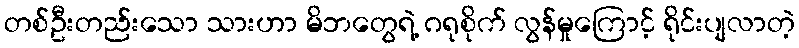
တစ်ဦးတည်းသော သားဟာ မိဘတွေရဲ့ ဂရုစိုက် လွန်မှုကြောင့် ရိုင်းပျလာတဲ့